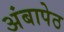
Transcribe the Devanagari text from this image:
अंबापेठ